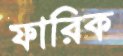
ফারিক